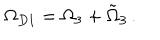
LaTeX: \Omega _ { D 1 } = \Omega _ { 3 } + \tilde { \Omega } _ { 3 } \, .